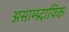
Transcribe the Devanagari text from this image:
असाम्प्र्दायिक